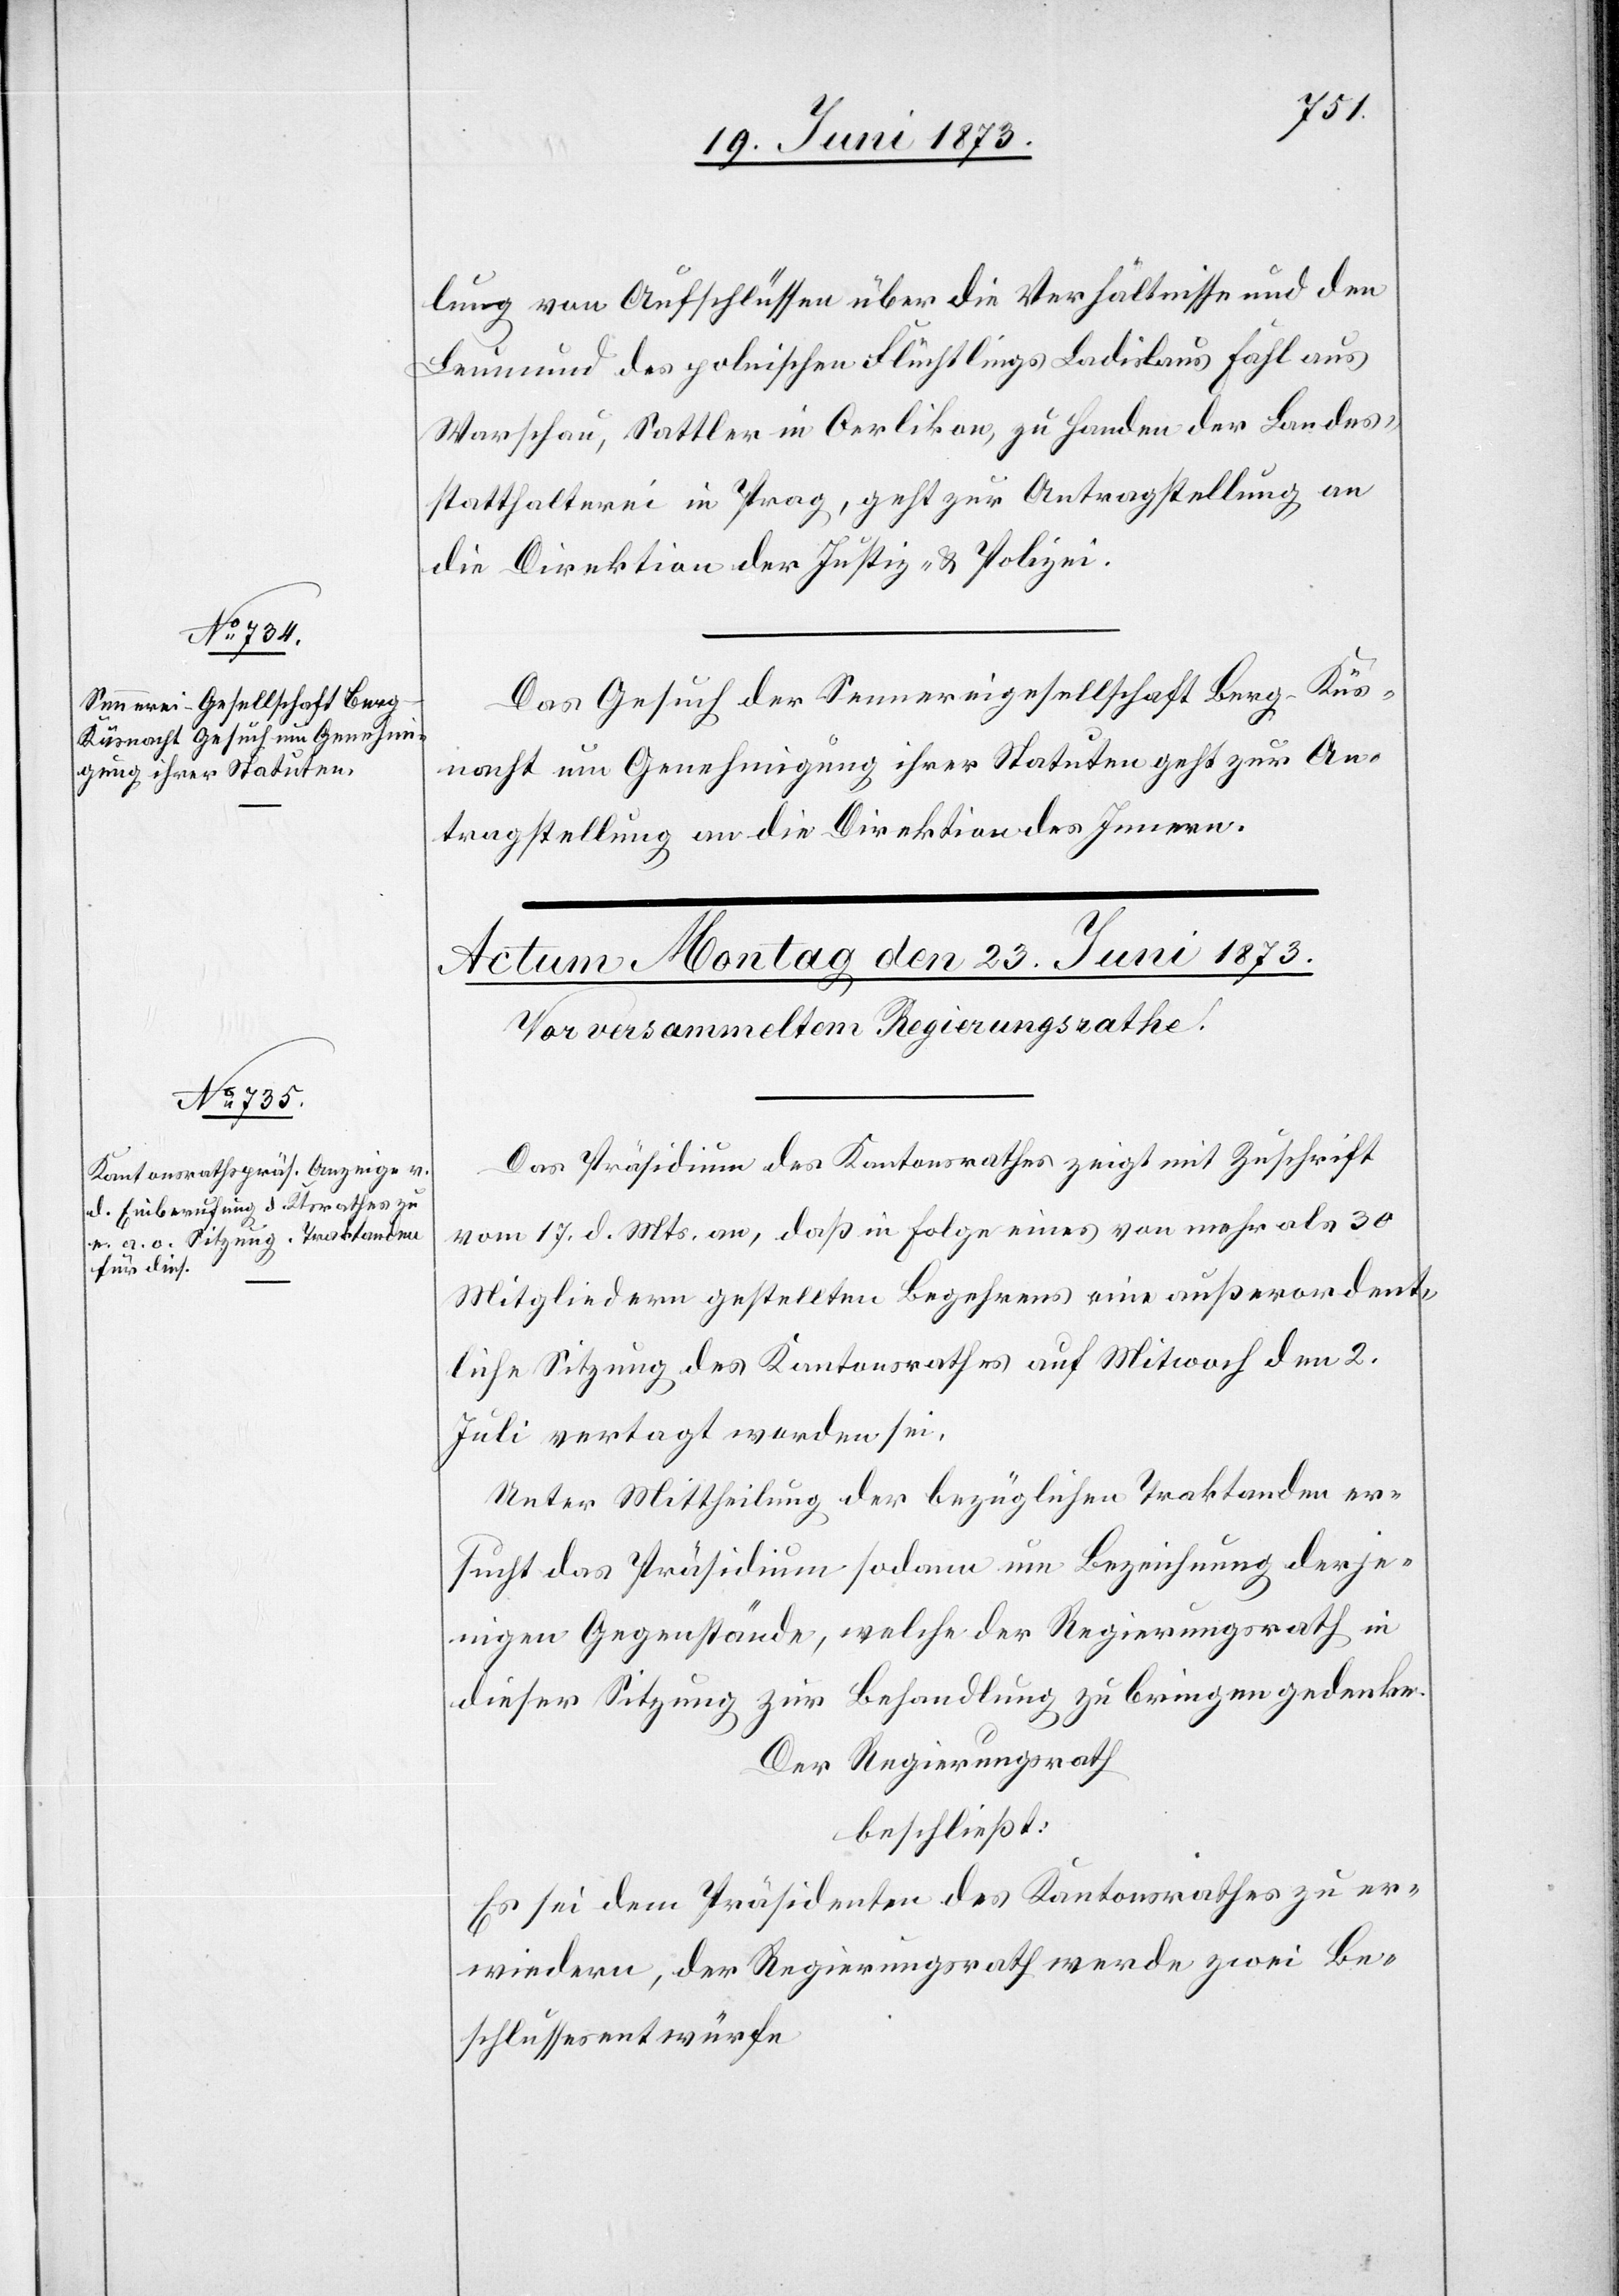
21. Juni 1873.]
lung von Aufschlüssen über die Verhältnisse und den
Leumund des polnischen Flüchtlings Ladislaus Fahl aus
Warschau, Sattler in Oerlikon, zu Handen der Landes¬
statthalterei in Prag, geht zur Antragstellung an
die Direktion der Justiz & Polizei.
Das Gesuch der Sennereigesellschaft Berg-Küs¬
nacht um Genehmigung ihrer Statuten geht zur An¬
tragstellung an die Direktion des Innern.
Das Präsidium des Kantonsrathes zeigt mit Zuschrift
vom 17. d. Mts. an, daß in Folge eines von mehr als 30
Mitgliedern gestellten Begehrens eine außerordent¬
liche Sitzung des Kantonsrathes auf Mitwoch den 2.
Juli vertagt worden sei.
Unter Mittheilung der bezüglichen Traktanden er¬
sucht das Präsidium sodann um Bezeichnung derje¬
nigen Gegenstände, welche der Regierungsrath in
dieser Sitzung zur Behandlung zu bringen gedenke.
Der Regierungsrath
beschließt:
Es sei dem Präsidenten des Kantonsrathes zu er¬
wiedern, der Regierungsrath werde zwei Be¬
schlussesentwürfe